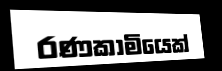
රණකාමියෙක්